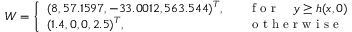
W = \left\{ \begin{array} { l l } { ( 8 , 5 7 . 1 5 9 7 , - 3 3 . 0 0 1 2 , 5 6 3 . 5 4 4 ) ^ { T } , \quad } & { \mathrm { ~ f ~ o ~ r ~ } \quad y \geq h ( x , 0 ) } \\ { ( 1 . 4 , 0 , 0 , 2 . 5 ) ^ { T } , \quad } & { \mathrm { ~ o ~ t ~ h ~ e ~ r ~ w ~ i ~ s ~ e ~ } } \end{array} \right.